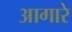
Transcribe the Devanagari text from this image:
आगारे